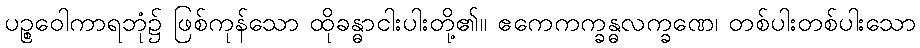
ပဉ္စဝေါကာရဘုံ၌ ဖြစ်ကုန်သော ထိုခန္ဓာငါးပါးတို့၏။ ဧကေကက္ခန္ဓလက္ခဏေ၊ တစ်ပါးတစ်ပါးသော